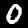
Digit: 0